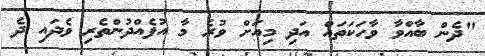
"ދެން ބާއްވާ ވާހަކަތައް އަދި މިއަށް ވުރެ މާ އުފެއްދުންތެރި ވެދައި ދެ